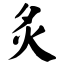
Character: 𬉹